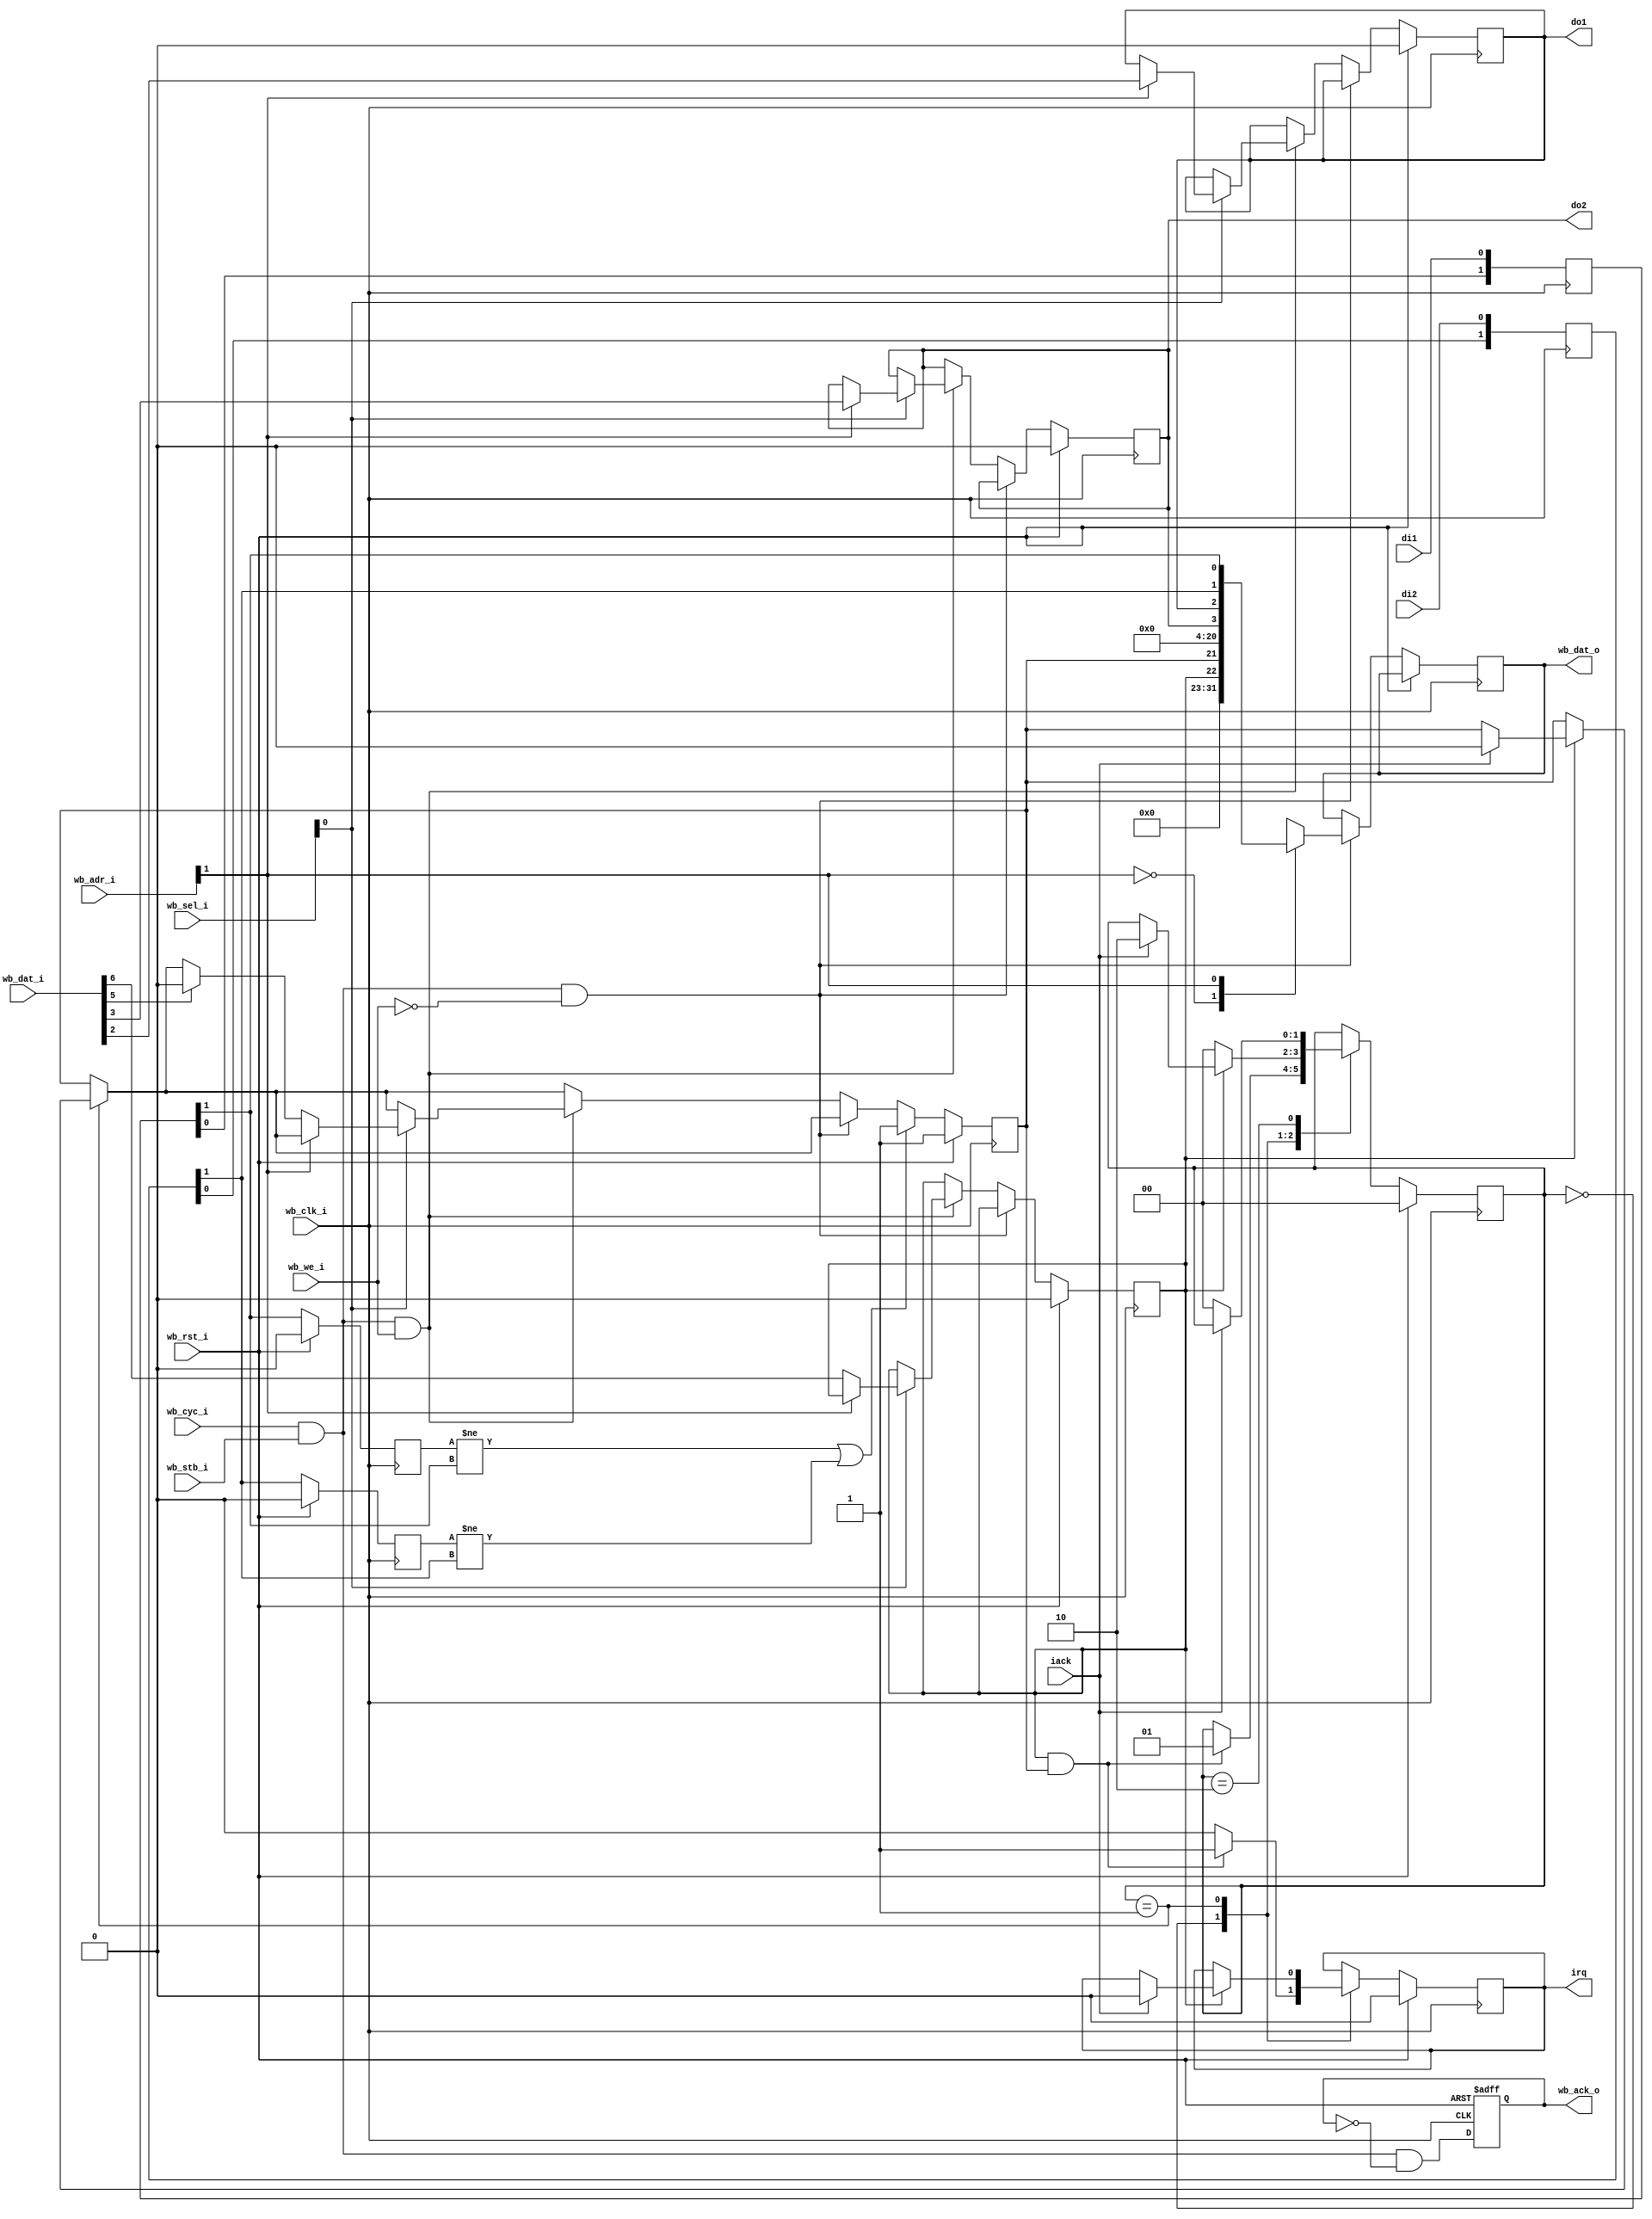
module dio (
   input                  wb_clk_i,   //   
   input                  wb_rst_i,   // 
   input    [1:0]         wb_adr_i,   //  
   input      [15:0]      wb_dat_i,   //  
   output reg [15:0]      wb_dat_o,   //  
   input                  wb_cyc_i,   //   
   input                  wb_we_i,    //   (0 - )
   input                  wb_stb_i,   //   
   input      [1:0]       wb_sel_i,   //     
   output reg             wb_ack_o,   //   

//     
   output reg             irq,        // 
   input                  iack,       // 
   
//  -  
   output reg             do1,    //   1
   output reg             do2,    //   2
   input                  di1,    //   1
   input                  di2     //   2
 );
 
//     
wire bus_strobe = wb_cyc_i & wb_stb_i;         //   
wire bus_read_req = bus_strobe & ~wb_we_i;     //  
wire bus_write_req = bus_strobe & wb_we_i;     //  
 
reg interrupt_trigger;     //   
reg ie;                    //   

wire di1f, di2f;           //   
reg di1old, di2old;        //    
reg [1:0] di1_filter;
reg [1:0] di2_filter;

//    
parameter[1:0] i_idle = 0;    //  
parameter[1:0] i_req = 1;     //   
parameter[1:0] i_wait = 2;    //      
reg[1:0] interrupt_state; 

//*************************************  
//*   
//*************************************  
always @ (posedge wb_clk_i) begin
     //      
     di1_filter[0] <= di1;
	  di1_filter[1] <= di1_filter[0];

     di2_filter[0] <= di2;
	  di2_filter[1] <= di2_filter[0];
end
//    -   
assign di1f=di1_filter[1];
assign di2f=di2_filter[1];
 
//**************************************
//        
//**************************************
wire reply=wb_cyc_i & wb_stb_i & ~wb_ack_o;     //     

always @(posedge wb_clk_i or posedge wb_rst_i)
    if (wb_rst_i == 1'b1) wb_ack_o <= 1'b0;     //      
    else wb_ack_o <= reply;                     //     

//**************************************************
//    
//**************************************************
always @(posedge wb_clk_i)   begin
    if (wb_rst_i == 1'b1) begin
	    //******************
       //  
	    //******************
       interrupt_state <= i_idle ; //   
       irq <= 1'b0 ;              //    
       ie <= 1'b0;                //  
       interrupt_trigger <= 1'b1; //    
		 di1old <= 1'b0;            //   
		 di2old <= 1'b0;            //     
		 do1 <= 1'b0;               //    
		 do2 <= 1'b0;               //  
    end
      
    //  
    else   begin
      //******************************
      //*  
      //******************************
      case (interrupt_state)
        //   
        i_idle :  begin
          //     -     
          if ((ie == 1'b1) & (interrupt_trigger == 1'b1))  begin
               interrupt_state <= i_req ; 
               irq <= 1'b1 ;    //   
          end 
			 //     
          else   irq <= 1'b0 ;    
        end
          //             
        i_req :   
		    if (ie == 1'b0)    interrupt_state <= i_idle;     //  
          else if (iack == 1'b1) begin
          //      
              irq <= 1'b0 ;               //  
              interrupt_trigger <= 1'b0;  //   
              interrupt_state <= i_wait ; //     
          end 
          //             
        i_wait : if (iack == 1'b0)  interrupt_state <= i_idle ; //    iack
      endcase
            
      //*********************************************
      //*    
      //*********************************************
		
      //  
      if (bus_read_req == 1'b1)   begin
         case (wb_adr_i[1])
           1'b0 : // 175300 - CSR
                     wb_dat_o <= {9'o0, ie, interrupt_trigger,5'o0};   
           1'b1 : // 175302 - DR
                     wb_dat_o <= {12'o0, do2, do1, di2f, di1f};   
         endcase 
      end
         
      //     
      else if (bus_write_req == 1'b1)  begin
        if (wb_sel_i[0] == 1'b1)  
        //   
           case (wb_adr_i[1])
           // 175300 - CSR
              1'b0:  begin
				           ie <= wb_dat_i[6];   //   
					        if (wb_dat_i[5] == 1'b1) interrupt_trigger <= 1'b0; //    
							end  
           // 175302 - DR
              1'b1 : begin
				           do1<=wb_dat_i[2];
				           do2<=wb_dat_i[3];
		              	end	
            endcase 
      end

      //*********************************************
      //*    
      //*********************************************
		
		if ((di1old != di1f) || (di2old != di2f)) interrupt_trigger <= 1'b1;
		di1old <= di1f;
		di2old <= di2f;
	end	
end

endmodule